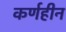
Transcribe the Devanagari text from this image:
कर्णहीन